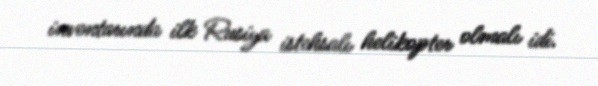
inventarında ilk Rusiya istehsalı helikopter olmalı idi.